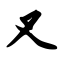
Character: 叉